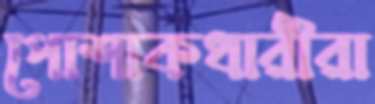
পোশাকধারীরা